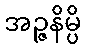
အဉ္ဇနိမ္ပိ